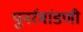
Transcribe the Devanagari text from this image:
पुनर्रमांडणी